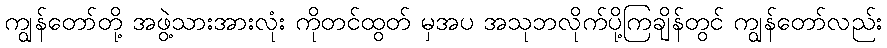
ကျွန်တော်တို့ အဖွဲ့သားအားလုံး ကိုတင်ထွတ် မှအပ အသုဘလိုက်ပို့ကြချိန်တွင် ကျွန်တော်လည်း